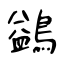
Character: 鷁